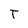
Character: T